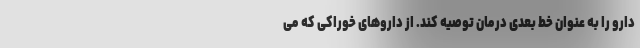
دارو را به عنوان خط بعدی درمان توصیه کند. از داروهای خوراکی که می